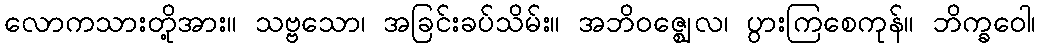
လောကသားတို့အား။ သဗ္ဗသော၊ အခြင်းခပ်သိမ်း။ အဘိဝဇ္ဈေလ၊ ပွားကြစေကုန်။ ဘိက္ခဝေါ၊